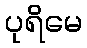
ပုရိမေ